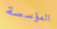
المؤسسة